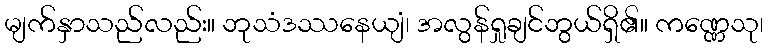
မျက်နှာသည်လည်း။ ဘုသံဒဿနေယျံ၊ အလွန်ရှုချင်ဘွယ်ရှိ၏။ ကဏ္ဏေသု၊